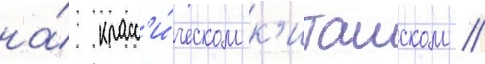
на́ класс'и́ческом к'итаиском //